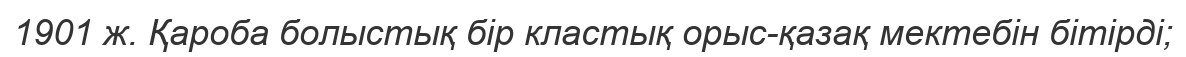
1901 ж. Қароба болыстық бір кластық орыс-қазақ мектебін бітірді;